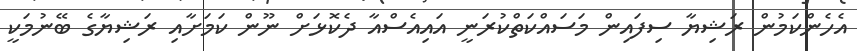
އެހެންކަމުން ރަޝިޔާ ސިފައިން މަސައްކަތްކުރަނީ އައިއެސްއާ ދެކޮޅަށް ނޫން ކަމަށާއި ރަޝިޔާގެ ބޭނުމަކީ